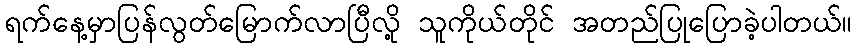
ရက်နေ့မှာပြန်လွတ်မြောက်လာပြီလို့ သူကိုယ်တိုင် အတည်ပြုပြောခဲ့ပါတယ်။